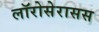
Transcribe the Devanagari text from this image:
लॉरोसेरासस